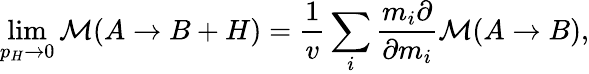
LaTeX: \operatorname*{lim}_{p_{H}\to 0}{\cal M}(A\to B+H)={\frac{1}{v}}\sum_{i}{\frac{m_{i}\partial}{\partial m_{i}}}{\cal M}(A\to B),